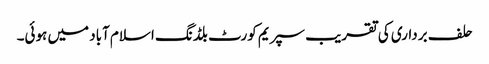
حلف برداری کی تقریب سپریم کورٹ بلڈنگ اسلام آباد میں ہوئی۔